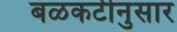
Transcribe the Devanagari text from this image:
बळकटीनुसार